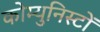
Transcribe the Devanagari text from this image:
कोम्युनिस्टों